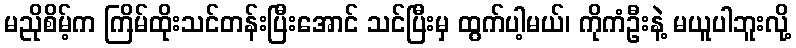
မညိုစိမ့်က ကြိမ်ထိုးသင်တန်းပြီးအောင် သင်ပြီးမှ ထွက်ပါ့မယ်၊ ကိုကံဦးနဲ့ မယူပါဘူးလို့